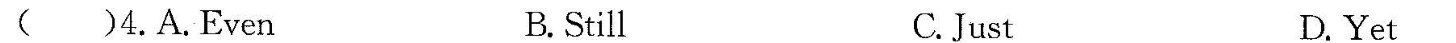
( )4.A.Even